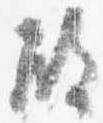
殿